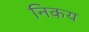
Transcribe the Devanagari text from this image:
निकय